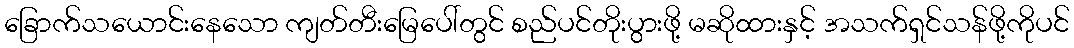
ခြောက်သယောင်းနေသော ကျတ်တီးမြေပေါ်တွင် စည်ပင်တိုးပွားဖို့ မဆိုထားနှင့် အသက်ရှင်သန်ဖို့ကိုပင်